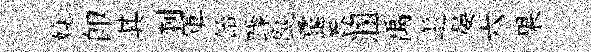
嬈卽其刺軍飴躁颷靄呑溷禹邂晏六果